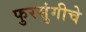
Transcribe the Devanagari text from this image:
फुरसुंगीचे